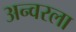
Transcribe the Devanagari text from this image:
अन्वरला